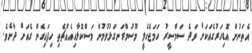
އެތަނުން އޮޑިހަރުގެއަކަށް ވަދެ ސަމްސީރު ހަމަޖެހެލީ މޫސުމްރަނގަޅުވުމުން މަސްކޮޅާއިއެއްޗެތި ހިފައިގެން ގެއަށް ދާށެވެ.